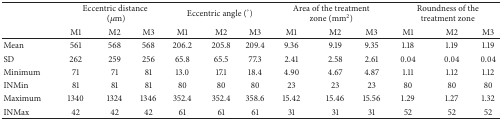
|  | <COLSPAN=3> Eccentric distance(μm) | <COLSPAN=3> Eccentric angle (°) | <COLSPAN=3> Area of the treatment zone (mm2) | <COLSPAN=3> Roundness of the treatment zone |
 |  | M1 | M2 | M3 | M1 | M2 | M3 | M1 | M2 | M3 | M1 | M2 | M3 |
 | --- | --- | --- | --- | --- | --- | --- | --- | --- | --- | --- | --- | --- |
 | Mean | 561 | 568 | 568 | 206.2 | 205.8 | 209.4 | 9.36 | 9.19 | 9.35 | 1.18 | 1.19 | 1.19 |
 | SD | 262 | 259 | 256 | 65.8 | 65.5 | 77.3 | 2.41 | 2.58 | 2.61 | 0.04 | 0.04 | 0.04 |
 | Minimum | 71 | 71 | 81 | 13.0 | 17.1 | 18.4 | 4.90 | 4.67 | 4.87 | 1.11 | 1.12 | 1.12 |
 | INMin | 81 | 81 | 81 | 80 | 80 | 80 | 23 | 23 | 23 | 80 | 80 | 80 |
 | Maximum | 1340 | 1324 | 1346 | 352.4 | 352.4 | 358.6 | 15.42 | 15.46 | 15.56 | 1.29 | 1.27 | 1.32 |
 | INMax | 42 | 42 | 42 | 61 | 61 | 61 | 31 | 31 | 31 | 52 | 52 | 52 |